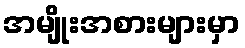
အမျိုးအစားများမှာ